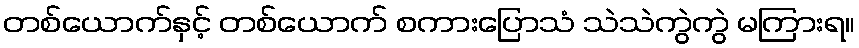
တစ်ယောက်နှင့် တစ်ယောက် စကားပြောသံ သဲသဲကွဲကွဲ မကြားရ။